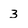
Character: 3